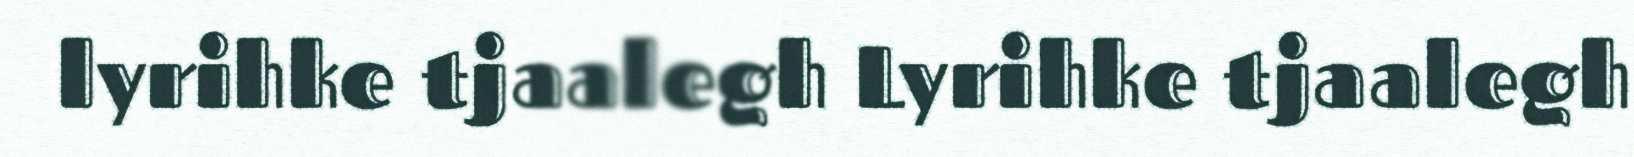
lyrihke tjaalegh Lyrihke tjaalegh